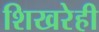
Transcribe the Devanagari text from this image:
शिखरेही